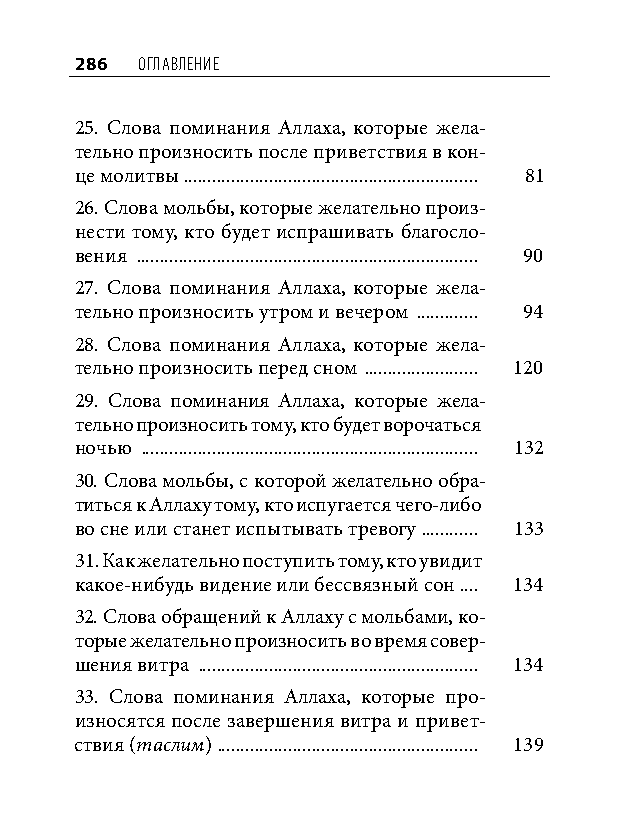
286 оглавление
 25. Слова поминания Аллаха, которые жела-
 тельно произносить после приветствия в кон-
 це молитвы .............................................................. 81
 26. Слова мольбы, которые желательно произ-
 нести тому, кто будет испрашивать благосло-
 вения ........................................................................ 90
 27. Слова поминания Аллаха, которые жела-
 тельно произносить утром и вечером ............. 94
 28. Слова поминания Аллаха, которые жела-
 тельно произносить перед сном ........................ 120
 29. Слова поминания Аллаха, которые жела-
 тельно произносить тому, кто будет ворочаться
 ночью ....................................................................... 132
 30. Слова мольбы, с которой желательно обра-
 титься к Аллаху тому, кто испугается чего-либо
 во сне или станет испытывать тревогу ............ 133
 31. Как желательно поступить тому, кто увидит
 какое-нибудь видение или бессвязный сон .... 134
 32. Слова обращений к Аллаху с мольбами, ко-
 торые желательно произносить во время совер-
 шения витра ........................................................... 134
 33. Слова поминания Аллаха, которые про-
 износятся после завершения витра и привет-
 ствия (таслим) ....................................................... 139